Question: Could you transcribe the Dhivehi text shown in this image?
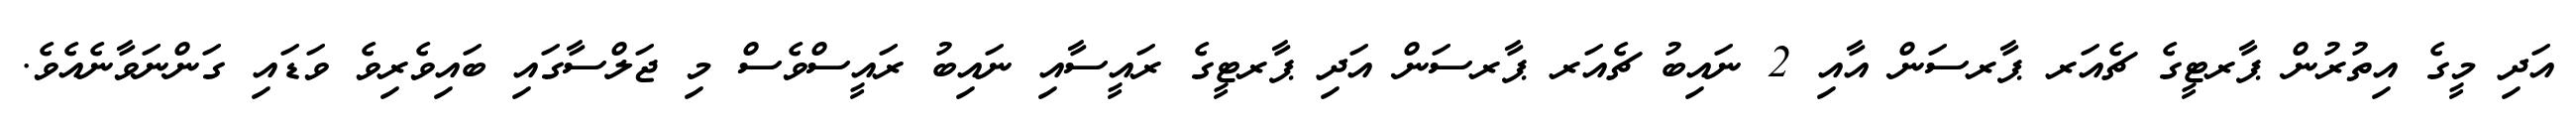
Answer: އަދި މީގެ އިތުރުން ޕާރޓީގެ ޗެއަރ ޕާރސަން އާއި 2 ނައިބު ޗެއަރ ޕާރސަން އަދި ޕާރޓީގެ ރައީސާއި ނައިބު ރައީސްވެސް މި ޖަލްސާގައި ބައިވެރިވެ ވަޑައި ގަންނަވާނެއެވެ.